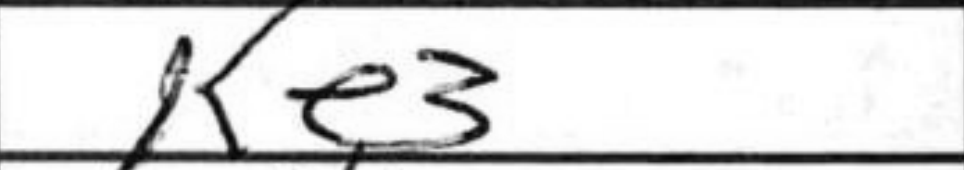
Transcription: Ke3